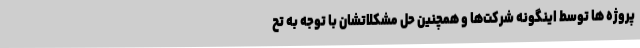
پروژه ها توسط اینگونه شرکت‌ها و همچنین حل مشکلاتشان با توجه به تح